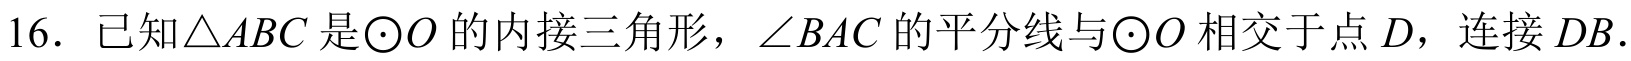
16. 已知\(\triangle ABC\)是\(\odot O\)的内接三角形，\(\angle BAC\)的平分线与\(\odot O\)相交于点\(D\)，连接\(DB\).